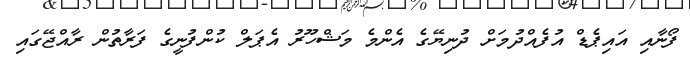
ފޯނާއި އައިޕެޑް އުފެއްދުމަށް ދުނިޔޭގެ އެންމެ މަޝްހޫރު އެޕަލް ކުންފުނީގެ ފަރާތުން ރާއްޖޭގައި